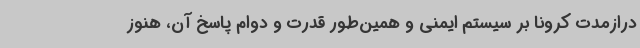
درازمدت کرونا بر سیستم ایمنی و همین‌طور قدرت و دوام پاسخ آن، هنوز